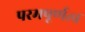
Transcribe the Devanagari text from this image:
परमपूर्णत्व